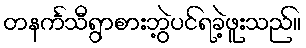
တနင်္ကသီရွာစားဘွဲ့ပင်ရခဲ့ဖူးသည်။